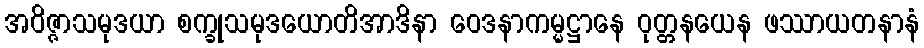
အဝိဇ္ဇာသမုဒယာ စက္ခုသမုဒယောတိအာဒိနာ ဝေဒနာကမ္မဋ္ဌာနေ ဝုတ္တနယေန ဖဿာယတနာနံ